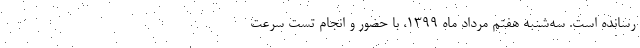
رسانده است. سه‌شنبه هفتم مرداد ماه ۱۳۹۹، با حضور و انجام تست سرعت